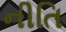
નીતિ